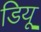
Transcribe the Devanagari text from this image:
डियू